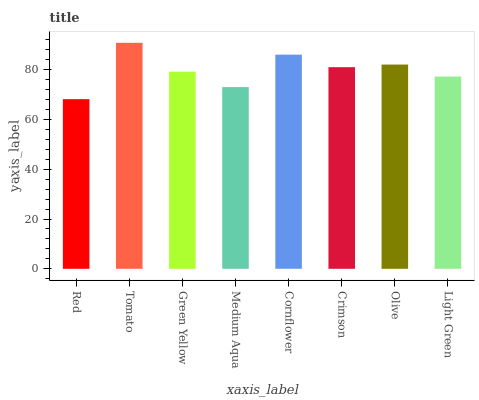
| xaxis_label | bars |
 | --- | --- |
 | Red | 68.2 |
 | Tomato | 90.8 |
 | Green Yellow | 79.2 |
 | Medium Aqua | 73 |
 | Cornflower | 86.1 |
 | Crimson | 81 |
 | Olive | 82.1 |
 | Light Green | 77.3 |